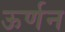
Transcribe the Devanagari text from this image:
ऊर्णन